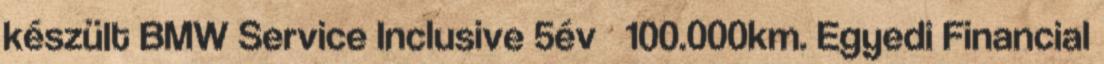
készült BMW Service Inclusive 5év 100.000km. Egyedi Financial